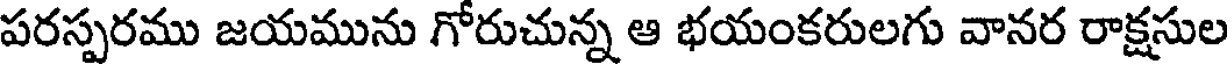
పరస్పరము జయమును గోరుచున్న ఆ భయంకరులగు వానర రాక్షసుల